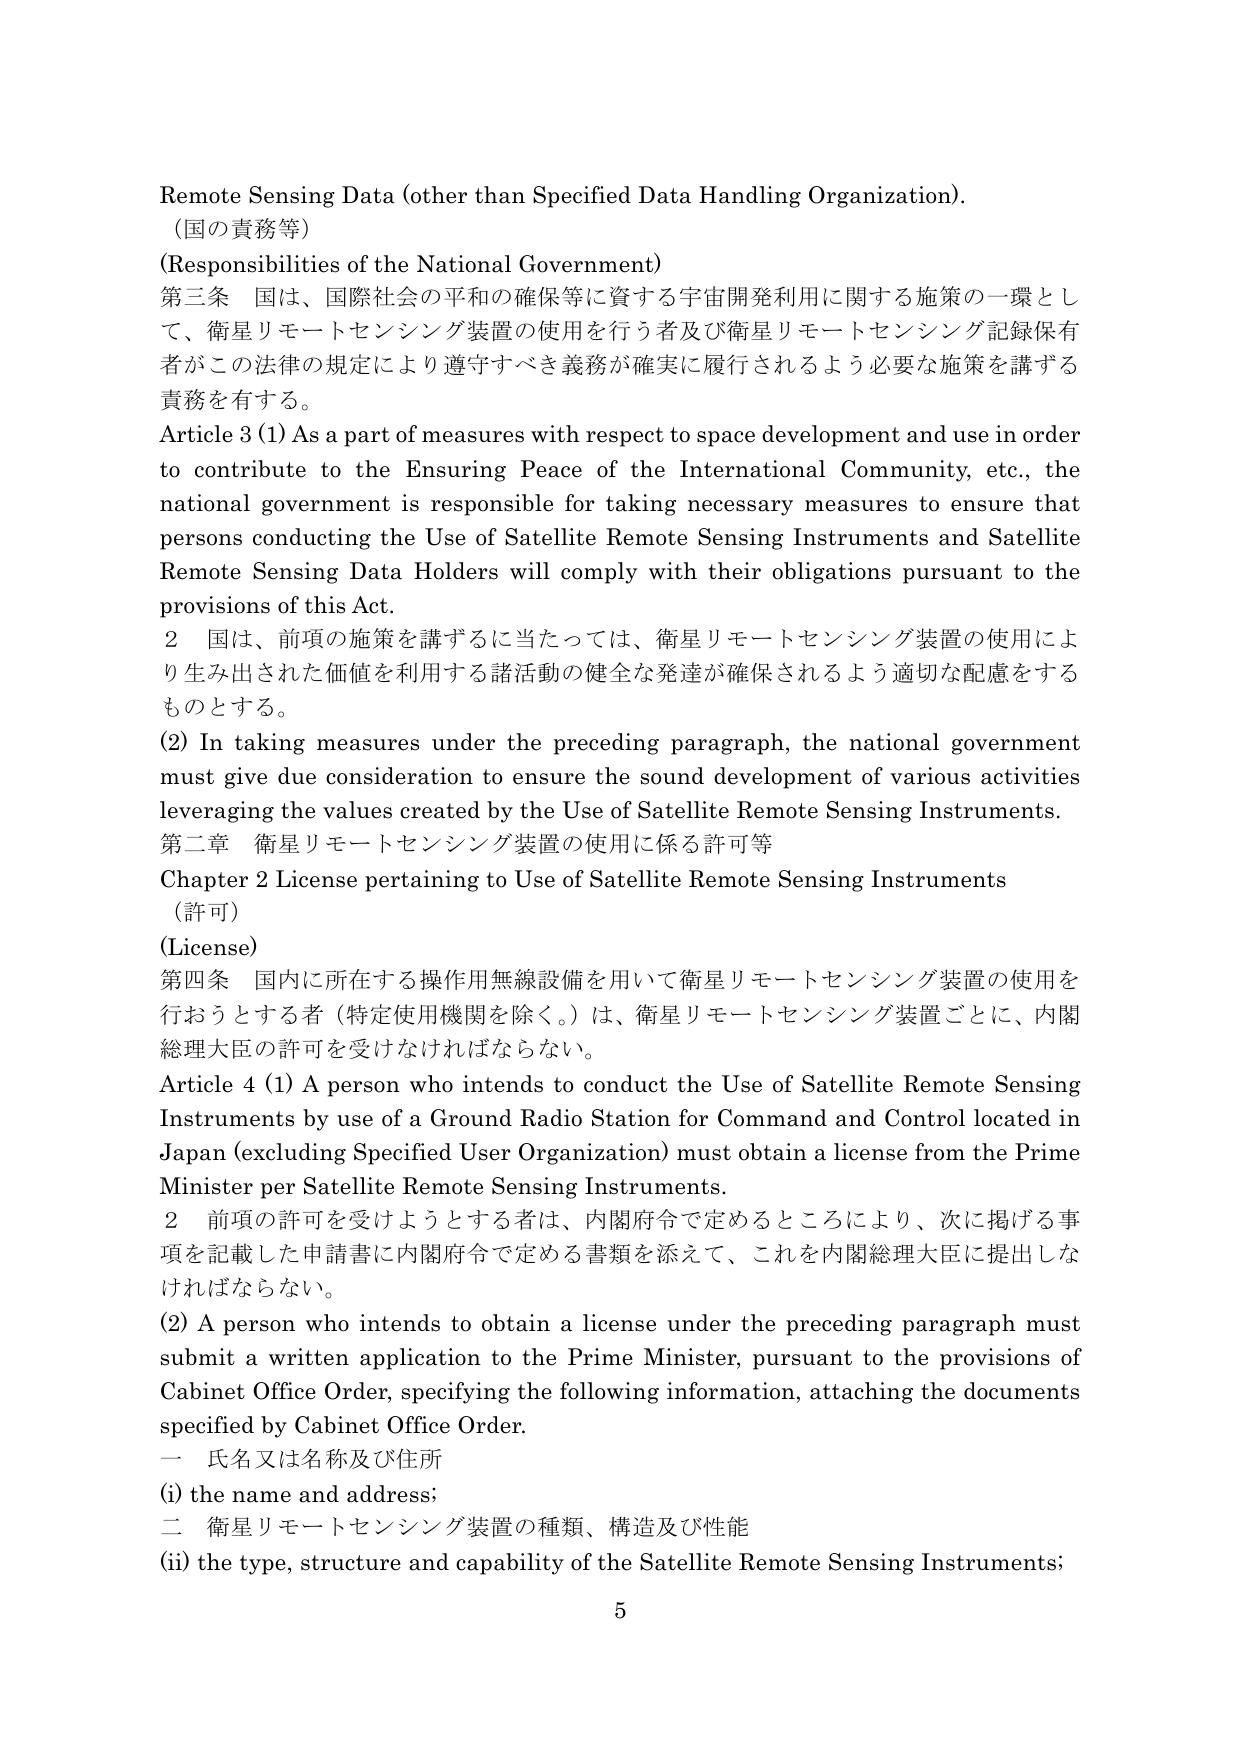
Remote Sensing Data (other than Specified Data Handling Organization).
（国の責務等）
(Responsibilities of the National Government)
第三条 国は、国際社会の平和の確保等に資する宇宙開発利用に関する施策の一環として、衛星リモートセンシング装置の使用を行う者及び衛星リモートセンシング記録保有者がこの法律の規定により遵守すべき義務が確実に履行されるよう必要な施策を講ずる責務を有する。
Article 3 (1) As a part of measures with respect to space development and use in order to contribute to the Ensuring Peace of the International Community, etc., the national government is responsible for taking necessary measures to ensure that persons conducting the Use of Satellite Remote Sensing Instruments and Satellite Remote Sensing Data Holders will comply with their obligations pursuant to the provisions of this Act.
2 国は、前項の施策を講ずるに当たっては、衛星リモートセンシング装置の使用により生み出された価値を利用する諸活動の健全な発達が確保されるよう適切な配慮をするものとする。
(2) In taking measures under the preceding paragraph, the national government must give due consideration to ensure the sound development of various activities leveraging the values created by the Use of Satellite Remote Sensing Instruments.
第二章 衛星リモートセンシング装置の使用に係る許可等
Chapter 2 License pertaining to Use of Satellite Remote Sensing Instruments
（許可）
(License)
第四条 国内に所在する操作用無線設備を用いて衛星リモートセンシング装置の使用を行おうとする者（特定使用機関を除く。）は、衛星リモートセンシング装置ごとに、内閣総理大臣の許可を受けなければならない。
Article 4 (1) A person who intends to conduct the Use of Satellite Remote Sensing Instruments by use of a Ground Radio Station for Command and Control located in Japan (excluding Specified User Organization) must obtain a license from the Prime Minister per Satellite Remote Sensing Instruments.
2 前項の許可を受けようとする者は、内閣府令で定めるところにより、次に掲げる事項を記載した申請書に内閣府令で定める書類を添えて、これを内閣総理大臣に提出しなければならない。
(2) A person who intends to obtain a license under the preceding paragraph must submit a written application to the Prime Minister, pursuant to the provisions of Cabinet Office Order, specifying the following information, attaching the documents specified by Cabinet Office Order.
一 氏名又は名称及び住所
(i) the name and address;
二 衛星リモートセンシング装置の種類、構造及び性能
(ii) the type, structure and capability of the Satellite Remote Sensing Instruments;
5